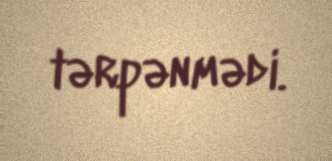
tərpənmədi.